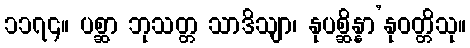
၁၁၇၄။ ပစ္ဆာ ဘုသတ္တ သာဒိသျာ၊ နုပစ္ဆိန္နာ’နုဝတ္တိသု။